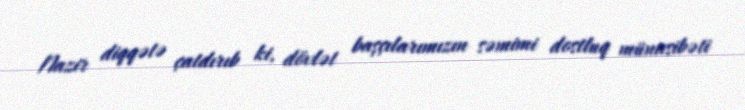
Nazir diqqətə çatdırıb ki, dövlət başçılarımızın səmimi dostluq münasibəti